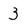
Character: 3